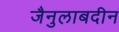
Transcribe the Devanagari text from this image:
जैनुलाबदीन